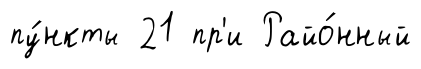
пу́нкты 21 пр'и Райо́нный